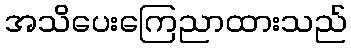
အသိပေးကြေညာထားသည်